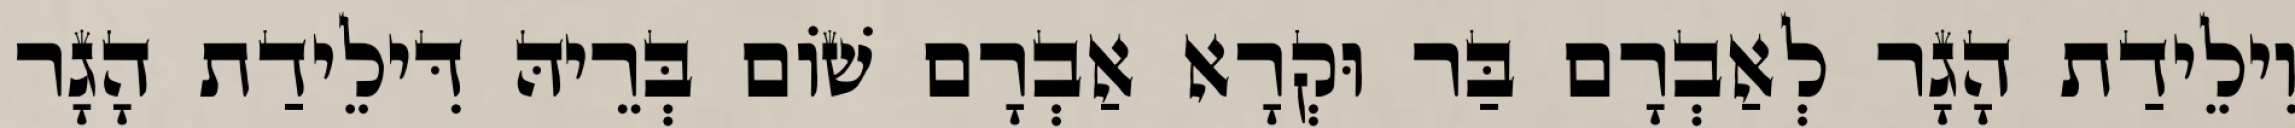
וִילֵידַת הָגָר לְאַבְרָם בַּר וּקְרָא אַבְרָם שׁוֹם בְּרֵיהּ דִּילֵידַת הָגָר